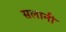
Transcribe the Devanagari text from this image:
सलानी